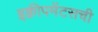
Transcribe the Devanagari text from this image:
इक्वीपमेंटसची